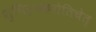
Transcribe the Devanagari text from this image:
शुचिर्नकरोतिचेत्